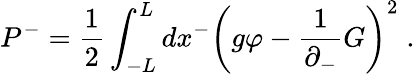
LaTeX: P^{-}=\frac{1}{2}\int_{-L}^{L}dx^{-}\left(g\varphi-\frac{1}{\partial_{-}}G\right)^{2}\; .